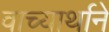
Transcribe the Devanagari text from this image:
वाच्यार्थाने